Kambja_algkool, lk 128
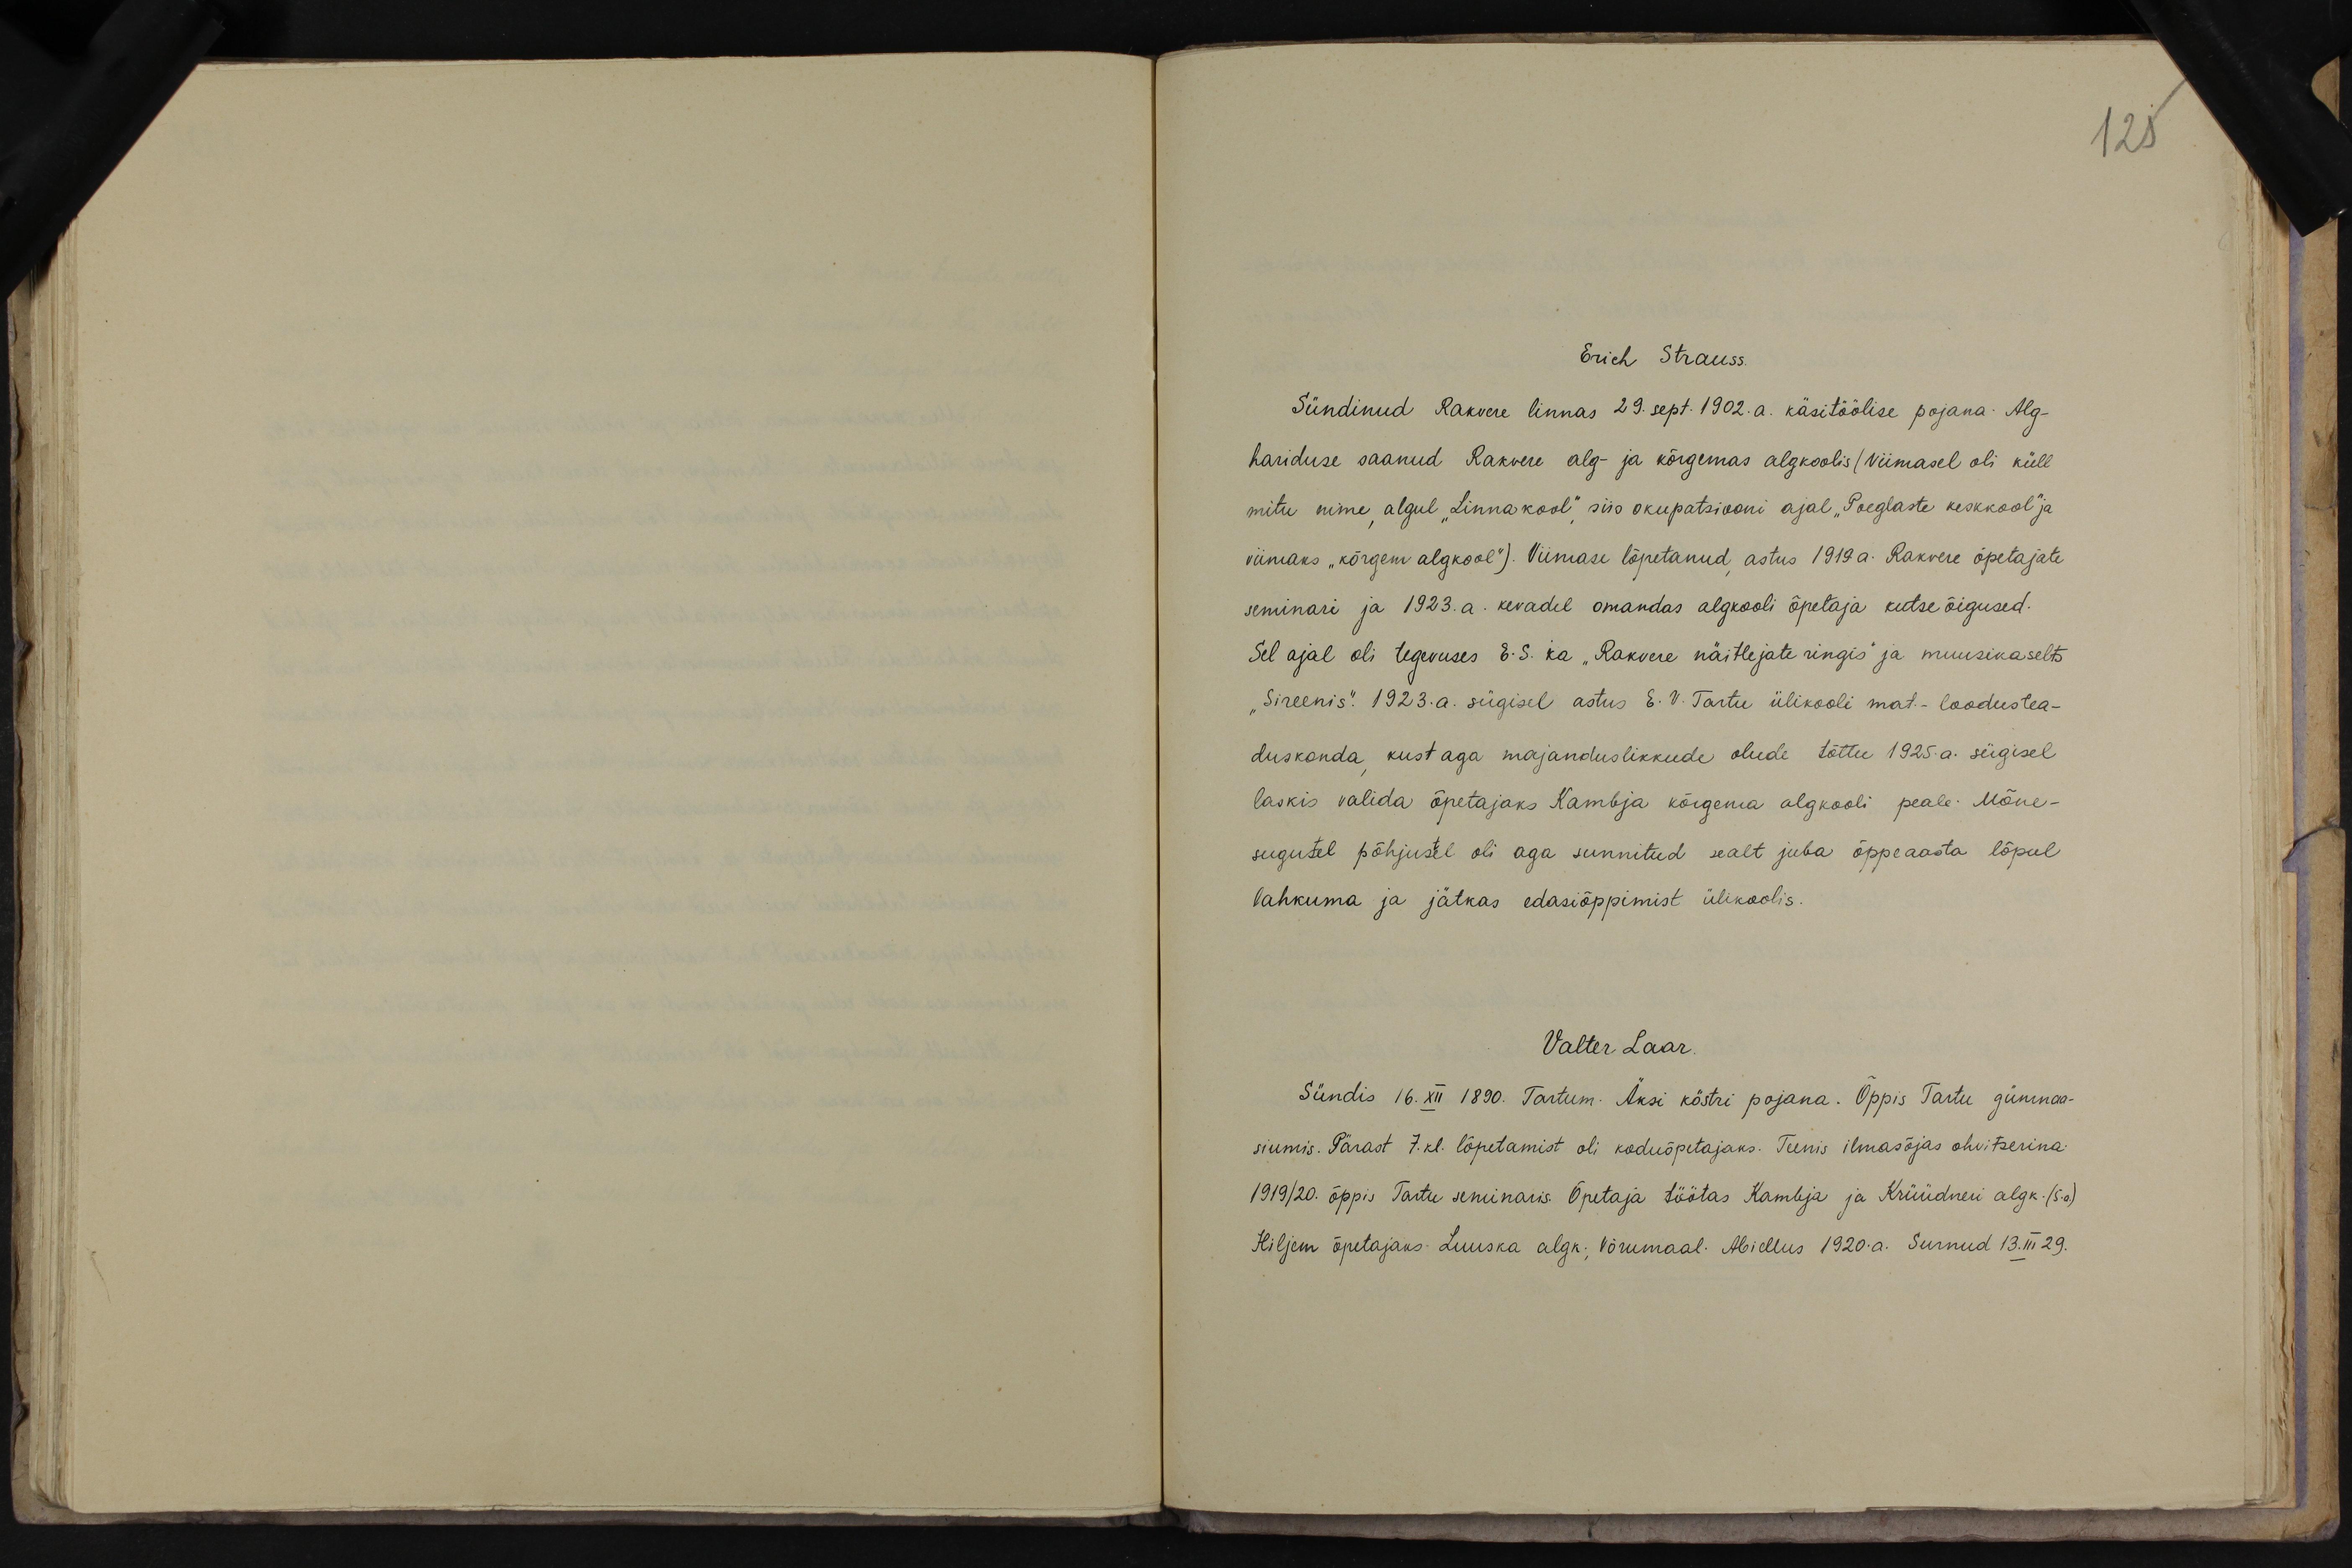
125

Erich Strauss.
Sündinud Rakvere linnas 29. sept. 1902. a. käsitöölise pojana. Alg-
hariduse saanud Rakvere alg- ja kõrgemas algkoolis/ Viimasel oli küll
mitu nime algul "Linnakool" siis okupatsiooni ajal "Poeglaste keskkool" ja
viimaks "kõrgem algkool". Viimase lõpetanud, astus 1919 a. Rakvere õpetajate
seminari ja 1923.a. kevadel omandas algkooli õpetaja kutse õigused.
Sel ajal oli tegevuses E.S. ka "Rakvere näitlejate ringis" ja muusikaselts
"Sireenis". 1923.a. sügisel astus E.V. Tartu ülikooli mat-loodustea-
duskonda, kust aga majanduslikkude olude tõttu 1925.a. sügisel
laskis valida õpetajaks Kambja kõrgema algkooli peale. Mõne-
sugutel põhjustel oli aga sunnitud sealt juba õppeaasta lõpul
lahkuma ja jätkas edasiõppimist ülikoolis.
Valter Laar.
Sündis 16. XII 1890. Tartum. Äksi köstri pojana. Õppis Tartu gümnaa-
siumis. Pärast 7. kl. lõpetamist oli koduõpetajaks. Teenis ilmasõjas ohvitserina-
1919/20. õppis Tartu seminaris. Õpetaja töötas Kambja ja Küüdneri algk. (5.a.)
Hiljem õpetajaks Luuska algk; Võrumaal. Abiellus 1920.a. surnud 13.III.29.